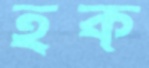
হক